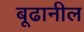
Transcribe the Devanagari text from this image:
बूढानील